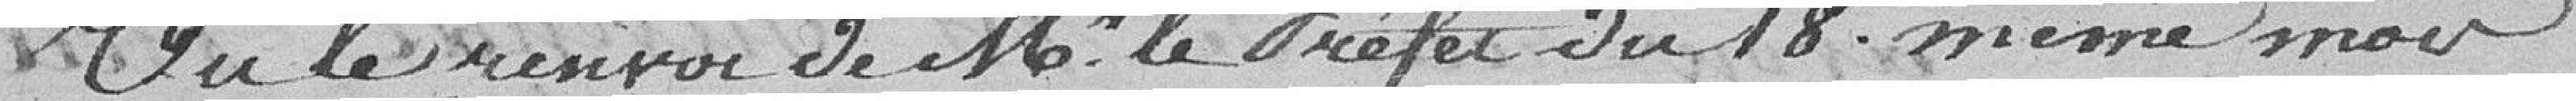
Vu le renvoi de Mr le Préfet du 18 même mois